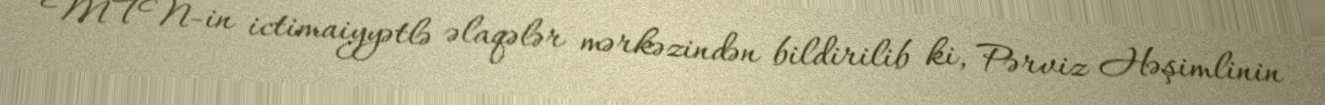
MTN-in ictimaiyyətlə əlaqələr mərkəzindən bildirilib ki, Pərviz Həşimlinin